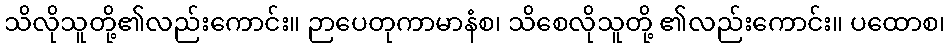
သိလိုသူတို့၏လည်းကောင်း။ ဉာပေတုကာမာနံစ၊ သိစေလိုသူတို့ ၏လည်းကောင်း။ ပထောစ၊